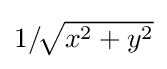
{\textstyle 1/\!{\sqrt {x^{2}+y^{2}}}}